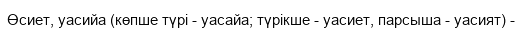
Өсиет, уасийа (көпше түрі - уасайа; түрікше - уасиет, парсыша - уасият) -